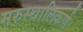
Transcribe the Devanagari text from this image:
मरुस्थालिकर्ण